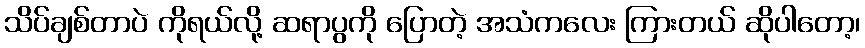
သိပ်ချစ်တာပဲ ကိုရယ်လို့ ဆရာပွကို ပြောတဲ့ အသံကလေး ကြားတယ် ဆိုပါတော့၊